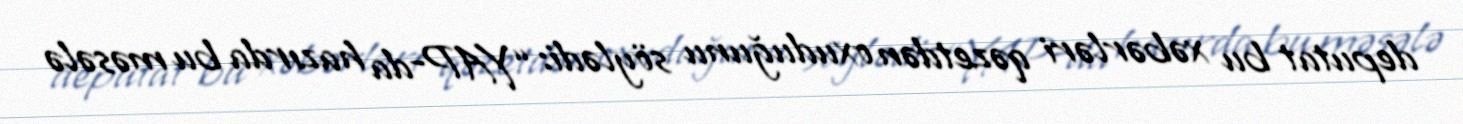
deputat bu xəbərləri qəzetdən oxuduğunu söylədi: “YAP-da hazırda bu məsələ